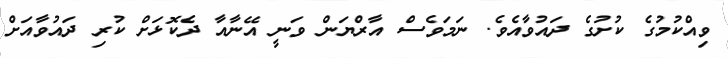
ވިއްކުމުގެ ކުށުގެ ދައުވާއެވެ. ނަމަވެސް އާރްޔަން ވަނީ އޭނާއާ ދެކޮޅަށް ކުރި ދައުވާއަށް